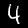
Digit: 4